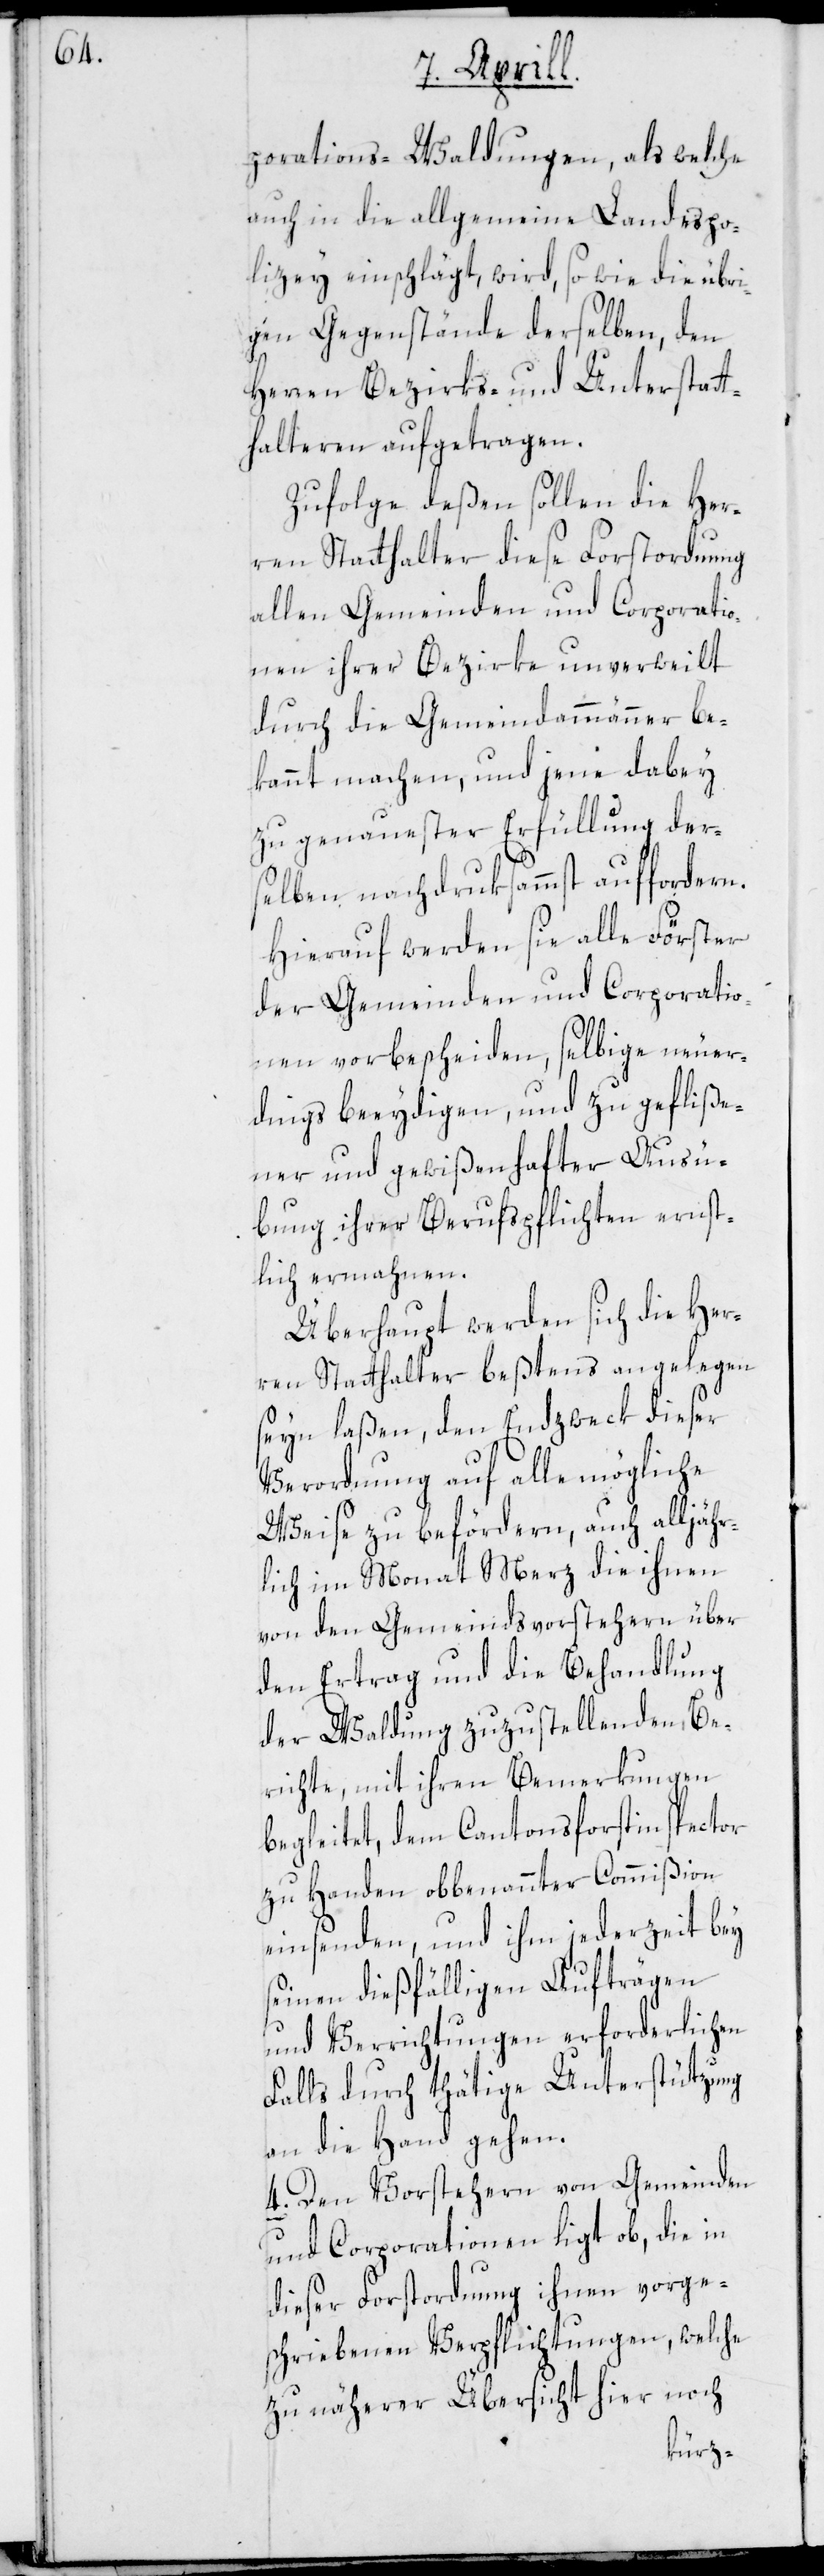
porations-Waldungen, als welche
auch in die allgemeine Landespo¬
lizei einschlägt, wird, so wie die übri¬
gen Gegenstände derselben, den
Herren Bezirks- und Unterstatt¬
halteren aufgetragen.
Zufolge deßen sollen die Her¬
ren Statthalter diese Forstordnung
allen Gemeinden und Corporatio¬
nen ihrer Bezirke unverweilt
durch die Gemeindammänner be¬
kannt machen, und jene dabey
zu genauester Erfüllung der¬
selben nachdrucksammst auffordern.
Hierauf werden sie alle Förster
der Gemeinden und Corporatio¬
nen vorbescheiden, selbige neuer¬
dings beeydigen, und zu gefliße¬
ner und gewißenhafter Ausü¬
bung ihrer Berufspflichten ernst¬
lich ermahnen.
Überhaupt werden sich die Her¬
ren Statthalter beßtens angelegen
seyn laßen, den Endzweck dieser
Verordnung auf alle mögliche
Weise zu befördern, auch alljähr¬
lich im Monat Merz die ihnen
von den Gemeindsvorstehern über
den Ertrag und die Behandlung
der Waldung zuzustellenden Be¬
richte, mit ihren Bemerkungen
begleitet, dem Cantonsforstinspector
zu Handen obbenannter Commißion
einsenden, und ihm jederzeit bey
seinen dießfälligen Aufträgen
und Verrichtungen erforderlichen
Falls durch thätige Unterstützung
an die Hand gehen.
4. Den Vorstehern von Gemeinden
und Corporationen ligt ob, die in
dieser Forstordnung ihnen vorge¬
schriebenen Verpflichtungen, welche
zu näherer Übersicht hier noch